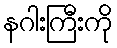
နဂါးကြီးကို